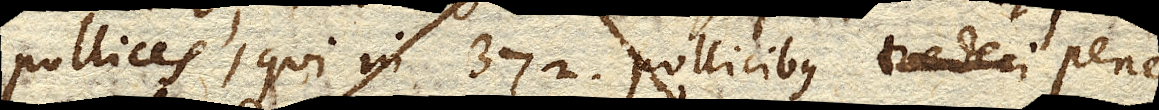
pollices, qui in 372 pollicibus pene